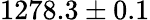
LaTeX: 1278.3\pm 0.1